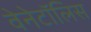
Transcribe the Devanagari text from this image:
वेनेटॉलिस